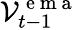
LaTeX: \mathcal{V}_{t-1}^{\mathrm{~e~m~a~}}